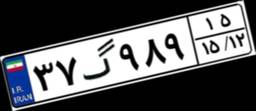
۳۷گ۹۸۹۱۵